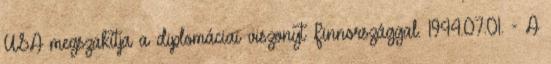
USA megszakítja a diplomáciai viszonyt Finnországgal. 1944.07.01. - A